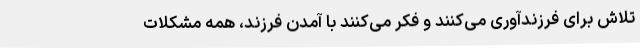
تلاش برای فرزندآوری می‌کنند و فکر می‌کنند با آمدن فرزند، همه مشکلات